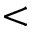
<